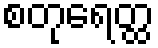
စတုရေတ္ထ